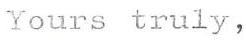
Yours truly,